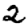
Digit: 2